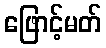
ဖြောင့်မတ်